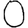
Digit: 0